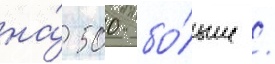
на́ 500 бо́льше /